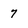
Character: 7